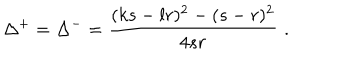
LaTeX: \Delta ^ { + } = \Delta ^ { - } = \displaystyle \frac { ( k s - l r ) ^ { 2 } - ( s - r ) ^ { 2 } } { 4 s r } \, \, .